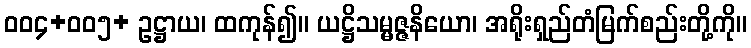
၀၀၄+၀၀၅+ ဥဋ္ဌာယ၊ ထကုန်၍။ ယဋ္ဌိသမ္မဇ္ဇနိယော၊ အရိုးရှည်တံမြက်စည်းတို့ကို။